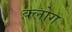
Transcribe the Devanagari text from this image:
क्लोग